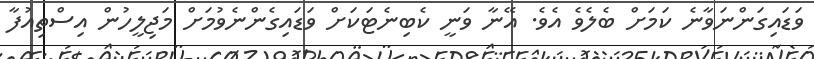
ވަޑައިގަންނަވާނެ ކަމަށް ބެލެވެ އެވެ. އޭނާ ވަނީ ކެބިނެޓަކަށް ވަޑައިގެންނެވުމަށް މަޖިލީހުން އިސްތިއުފާ